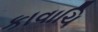
કાવાચિ